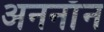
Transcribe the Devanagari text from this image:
अननाॅन